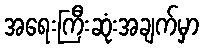
အရေးကြီးဆုံးအချက်မှာ